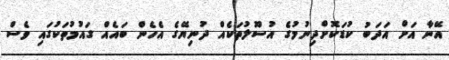
އޭނާ އަށް އަދަބު ކުޑަކޮށްދިނުމުގެ އުސޫލުތަކެއް ދުނިޔޭގެ އެހެން ބައެއް ގައުމުތަކުގައި ވެސް